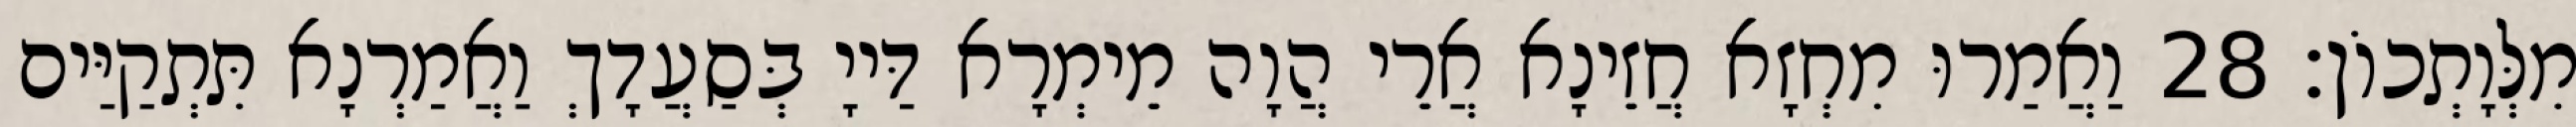
מִלְּוָתְכוֹן׃ 28 וַאֲמַרוּ מִחְזָא חֲזֵינָא אֲרֵי הֲוָה מֵימְרָא דַּייָ בְּסַעֲדָךְ וַאֲמַרְנָא תִּתְקַיַּים